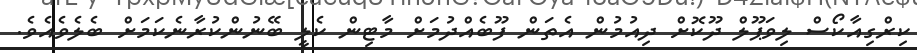
ކިރްގިއާކޯސް ލިވަޕޫލް ދޫކޮށް ދިއުމުން އެތަން ފޫބެއްދުމަށް މާޓިން ކެލީ ބޭނުންކުރާނެކަމަށް ބެލެވެއެވެ.